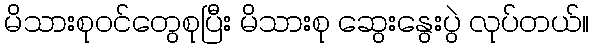
မိသားစုဝင်တွေစုပြီး မိသားစု ဆွေးနွေးပွဲ လုပ်တယ်။